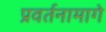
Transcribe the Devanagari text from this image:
प्रवर्तनामागे